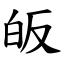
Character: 皈